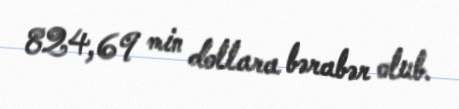
824,69 min dollara bərabər olub.